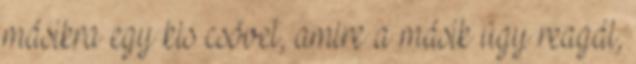
másikra egy kis csövet, amire a másik úgy reagál,